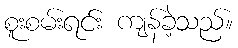
စူးစမ်းရင်း ကျန်ခဲ့သည်။